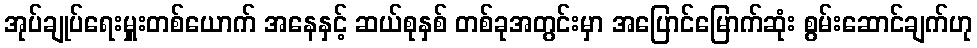
အုပ်ချုပ်ရေးမှူးတစ်ယောက် အနေနှင့် ဆယ်စုနှစ် တစ်ခုအတွင်းမှာ အပြောင်မြောက်ဆုံး စွမ်းဆောင်ချက်ဟု